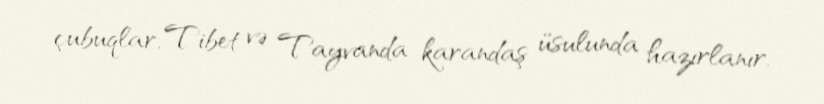
çubuqlar, Tibet və Tayvanda karandaş üsulunda hazırlanır.